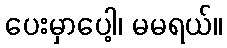
ပေးမှာပေါ့၊ မမရယ်။